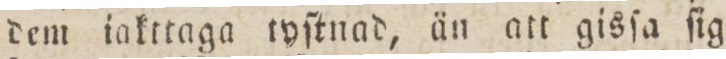
dem iakttaga tyſtnad, än att gisſa ſig